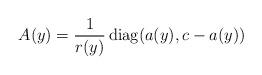
LaTeX: \begin{align*}A(y) = \frac{1}{r(y)}\,\mathrm{diag}(a(y),c-a(y))\end{align*}